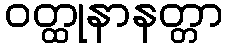
ဝတ္ထုနာနတ္တာ